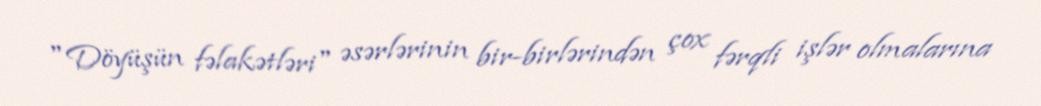
"Döyüşün fəlakətləri" əsərlərinin bir-birlərindən çox fərqli işlər olmalarına